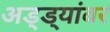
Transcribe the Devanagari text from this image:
अड्ड्यांवर